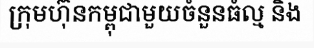
ក្រុមហ៊ុនកម្ពុជាមួយចំនួនធំល្ម និង